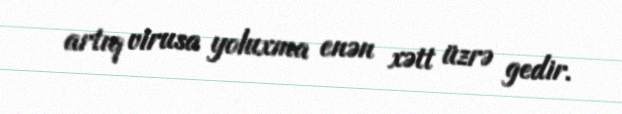
artıq virusa yoluxma enən xətt üzrə gedir.